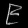
Digit: ၉